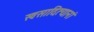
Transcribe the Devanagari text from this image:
स्वसादित्यानां